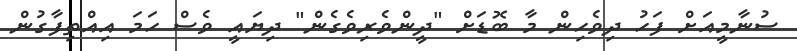
ސުނާމީއަށް ފަހު ދިވެހިން މާ ބޮޑަށް "ދީންވެރިވެގެން" ދިޔައީ ވެސް ހަމަ އިއްތިފާގުން